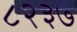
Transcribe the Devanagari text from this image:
८२३७